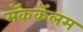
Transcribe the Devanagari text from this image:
मॅककॅलम